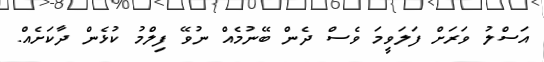
އަސްލު ވަރަށް ފަލަވީމަ ވެސް ދެން ބޭނުމެއް ނުވޭ ފިލްމު ކުޅެން ދާކަށެއް.